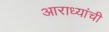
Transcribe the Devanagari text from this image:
आराध्यांची